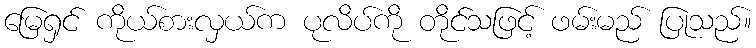
မြေရှင် ကိုယ်စားလှယ်က ပုလိပ်ကို တိုင်သဖြင့် ဖမ်းမည် ပြုသည်။